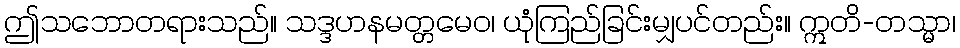
ဤသဘောတရားသည်။ သဒ္ဒဟနမတ္တမေဝ၊ ယုံကြည်ခြင်းမျှပင်တည်း။ ဣတိ-တသ္မာ၊